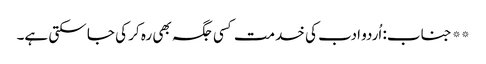
** جناب: اُردو ادب کی خدمت کسی جگہ بھی رہ کر کی جا سکتی ہے۔